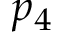
p _ { 4 }